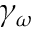
\gamma _ { \omega }